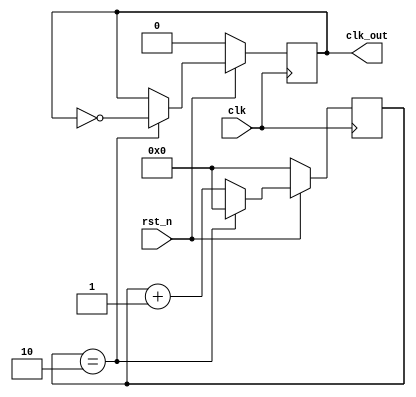
module divide2 
(
    clk,
	rst_n,
	clk_out
    );
	
	parameter N = 3,
	WIDTH = 5;
	
	input clk,rst_n;
	output reg clk_out;
	
	reg [WIDTH:0]counter;

always @(posedge clk) begin
	if (!rst_n) begin
		// reset
		counter <= 0;
	end
	else if (counter == N-1) begin
		counter <= 0;
	end
	else begin
		counter <= counter + 1;
	end
end

always @(posedge clk) begin
	if (!rst_n) begin
		// reset
		clk_out <= 0;
	end
	else if (counter == N-1) begin
		clk_out <= !clk_out;
	end
end

endmodule